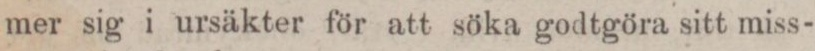
mer sig i ursäkter för att söka godtgöra sitt miss-